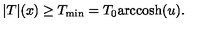
| T | ( x ) \ge T _ { \mathrm { m i n } } = T _ { 0 } \mathrm { a r c c o s h } ( u ) .